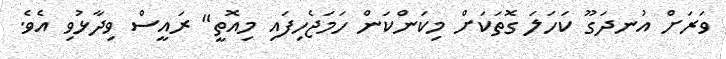
ވަރަށް އުނދަގޫ ކަހަލަ ގޮތަކަށް މިކަންކަން ހަމަޖެހިފައި މިއޮތީ" ރައީސް ވިދާޅުވި އެވެ.